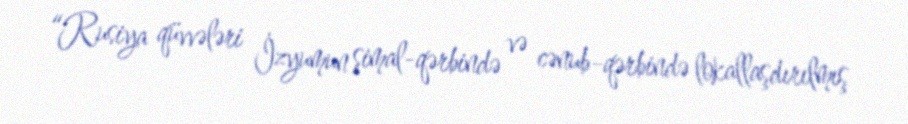
“Rusiya qüvvələri İzyumun şimal-qərbində və cənub-qərbində lokallaşdırılmış